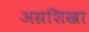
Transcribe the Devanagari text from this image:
अग्रशिखा